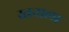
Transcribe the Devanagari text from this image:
स्तनाला